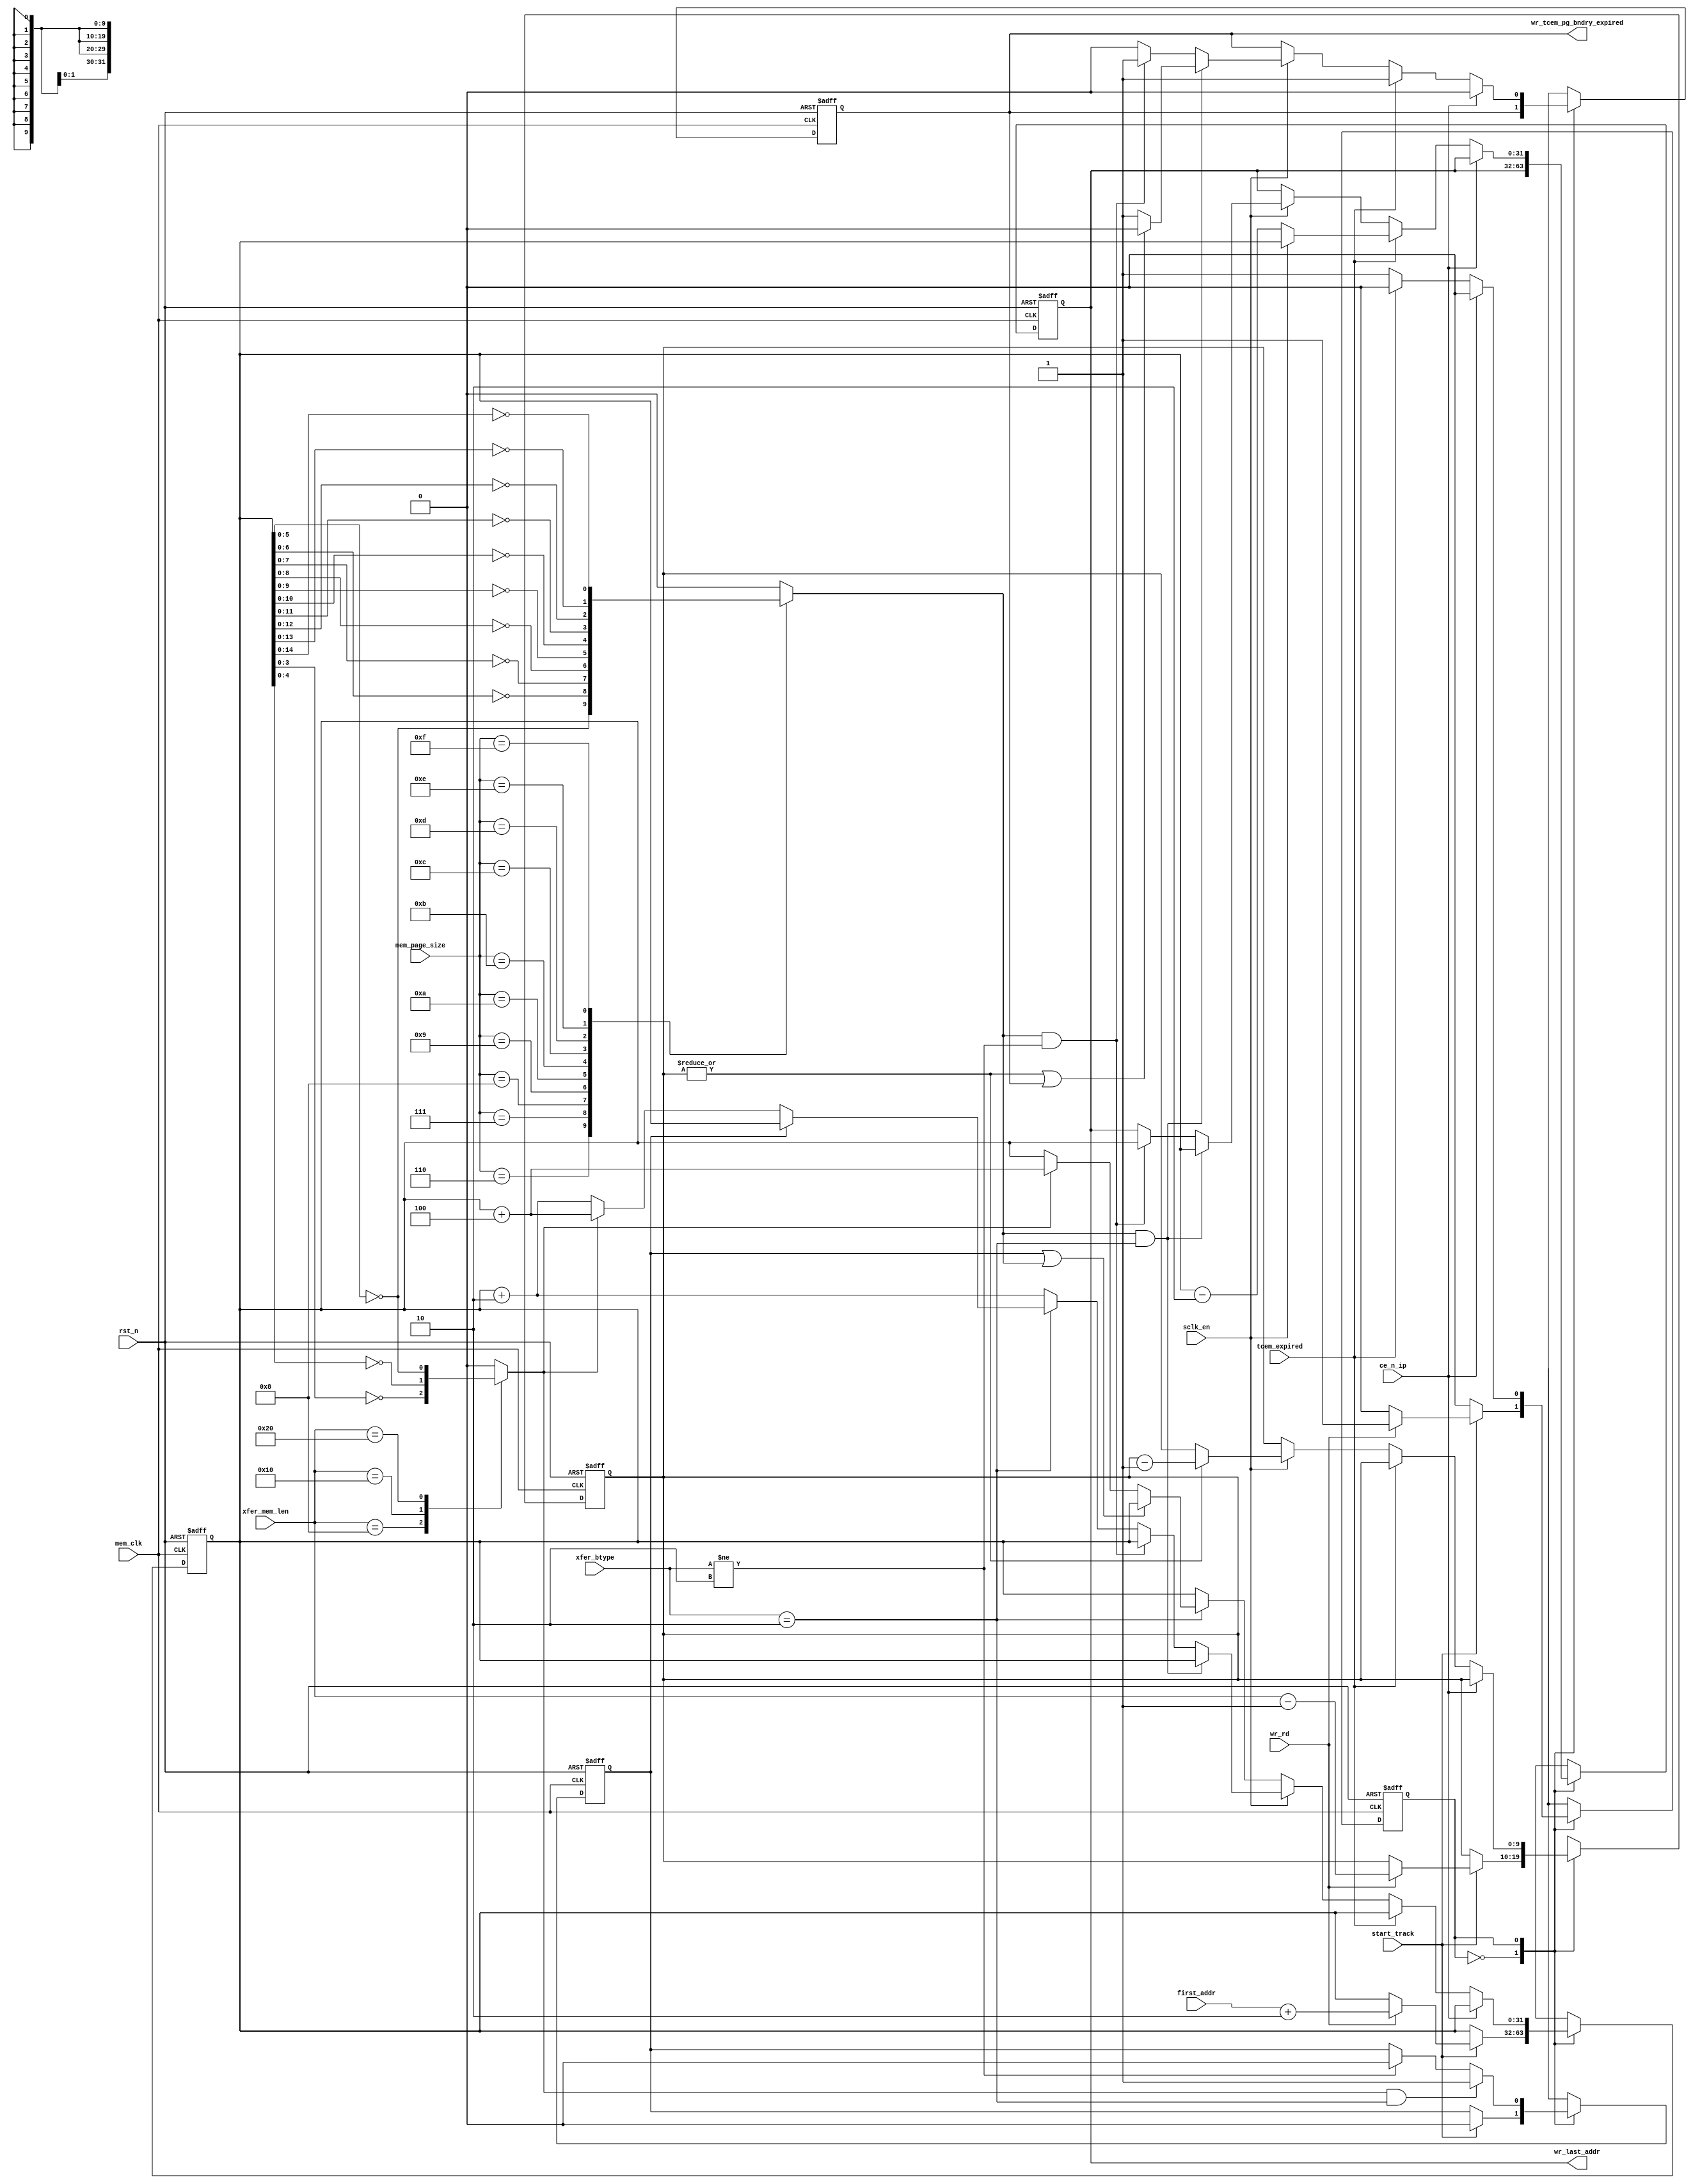
// ----------------------------------------------------------------------------
//   Copyright December 2018, Mobiveil Inc. All rights reserved.
//   Use and distribution of this file is governed by the terms and conditions of a license agreement with
//   Mobiveil Inc.  Mobiveil Inc. makes no representations about the suitability of this file for any purpose.
//   It is provided as is without any express or implied warranty
//   No part of this information may be reproduced, stored in a
//   retrieval system, or transmitted, in any form or by any means
//   without the prior written permission of Mobiveil Inc.
// ----------------------------------------------------------------------------

// This block indicates the data_shifter about the write transfer's page
// boundary expiry and the tcem_expiry to split the on-going write transfer
// and initiate a pending write transfer to the memory.
// In case of any of the above, it provides the next required write address
// for the pending transfer.

`timescale 1ns/1ps
module wr_tcem_pg_bndry_checker
   (
mem_clk,
rst_n,

//From TIMER_CHECKER
tcem_expired, // pulse

//From CSR
mem_page_size,

//From data shifter
start_track, // pulse
first_addr,
wr_rd,// wr_rd =1 is for write
xfer_btype,
xfer_mem_len,
sclk_en,
ce_n_ip,

// To data shifter
wr_tcem_pg_bndry_expired, 
wr_last_addr
   );

//----------------BUS WIDTH Declartaions------------------------

parameter AXI_ADDR_WIDTH = 32;
parameter AXI_DATA_WIDTH = 32; // 32/64

//--------------STATE declarations------------------------------

localparam IDLE       = 1'b0;
localparam WR_CHECK   = 1'b1;

//
localparam INCR = 2'b01;
localparam WRAP = 2'b10;
localparam DQS_CNT_WIDTH = (AXI_DATA_WIDTH==32) ? 10: ((AXI_DATA_WIDTH==64) ? 11 : 12);

input mem_clk;
input rst_n;

//From TIMER_CHECKER
input tcem_expired; // pulse

//From CSR
input [3:0] mem_page_size;

//From data shifter
input                      start_track; // pulse
input [AXI_ADDR_WIDTH-1:0] first_addr;
input                      wr_rd;
input [1:0]                xfer_btype;
input [DQS_CNT_WIDTH-1:0] xfer_mem_len;
input                      sclk_en;
input                      ce_n_ip;

// To data shifter
output                       wr_tcem_pg_bndry_expired; 
output [AXI_ADDR_WIDTH -1:0] wr_last_addr; 

//---------------------REG declarations------------------------------

reg                       pres_state, next_state;
reg [AXI_ADDR_WIDTH -1:0] addr_cntr, next_addr_cntr;
reg [DQS_CNT_WIDTH-1:0]   xfer_cnt,next_xfer_cnt;
reg [AXI_ADDR_WIDTH -1:0] wr_last_addr, next_wr_last_addr;
reg                       wr_tcem_pg_bndry_expired, next_wr_tcem_pg_bndry_expired;
reg pg_bndry_reached;
reg wrap_size_reach;
reg wrap_size_reach_reg, next_wrap_size_reach_reg;

//wrap boundary check
always @ *
begin
case(xfer_mem_len)  // extra transfer length is not possible for wrap transfers henceforth
'd8:  wrap_size_reach = addr_cntr[3:0]==0;    // wrap size = 16 bytes
'd16: wrap_size_reach = addr_cntr[4:0]==0;    // wrap size = 32 bytes
'd32: wrap_size_reach = addr_cntr[5:0]==0;    // wrap size = 64 bytes
default:  wrap_size_reach = 1'b0;
endcase
end

// sequential block
always @ (posedge mem_clk or negedge rst_n)
begin
   if(~rst_n)
   begin
      pres_state               <=  IDLE;
      addr_cntr                <= {AXI_ADDR_WIDTH{1'b0}};
      xfer_cnt                 <= {DQS_CNT_WIDTH{1'b0}};
      wr_tcem_pg_bndry_expired <= 1'b0; 
      wr_last_addr             <= {AXI_ADDR_WIDTH{1'b0}};
      wrap_size_reach_reg      <= 1'b0;
   end
   else
   begin
      pres_state               <=  next_state;
      addr_cntr                <= next_addr_cntr;
      xfer_cnt                 <= next_xfer_cnt;
      wr_tcem_pg_bndry_expired <= next_wr_tcem_pg_bndry_expired;
      wr_last_addr             <= next_wr_last_addr;
      wrap_size_reach_reg      <= next_wrap_size_reach_reg;
   end
end

//adder 2 function
function  [AXI_ADDR_WIDTH-1:0] add_2 (input  [AXI_ADDR_WIDTH-1:0]  data_in);
begin
add_2 = data_in + 2;
end
endfunction

//write page boundary detection based on the page size programmed in C
always @ *
begin
   case(mem_page_size)
   'd6: pg_bndry_reached = addr_cntr[5:0]==6'd0;    // 64    Bytes
   'd7: pg_bndry_reached = addr_cntr[6:0]==7'd0;    // 128   Bytes
   'd8: pg_bndry_reached = addr_cntr[7:0]==8'd0;    // 256   Bytes
   'd9: pg_bndry_reached = addr_cntr[8:0]==9'd0;    // 512   Bytes
   'd10: pg_bndry_reached = addr_cntr[9:0]==10'd0;  // 1024  Bytes
   'd11: pg_bndry_reached = addr_cntr[10:0]==11'd0; // 2048  Bytes
   'd12: pg_bndry_reached = addr_cntr[11:0]==12'd0; // 4096  Bytes
   'd13: pg_bndry_reached = addr_cntr[12:0]==13'd0; // 8192  Bytes
   'd14: pg_bndry_reached = addr_cntr[13:0]==14'd0; // 16384 Bytes
   'd15: pg_bndry_reached = addr_cntr[14:0]==15'd0; // 32768 Bytes
    default: pg_bndry_reached = 1'b0;
   endcase
end

// combinational block
always @ *
begin

next_addr_cntr                = addr_cntr; // always contains extra 4 address (2 SCLK) corresponding to the current data on DQ line. Since it takes 2 SCLK for the de-assertion of sclk_en after the pg_bndry_reach detection. Hence the address counter is started 2 SCLK before the actual write data phase starts on the DQ line
next_xfer_cnt                 = xfer_cnt;
next_wr_last_addr             = wr_last_addr;
next_wr_tcem_pg_bndry_expired = wr_tcem_pg_bndry_expired;
next_wrap_size_reach_reg      = wrap_size_reach_reg; // to stop incrementing the adderss once current transfer wrap size is reached. Then start incrementing for the continous INCR write data in the same transfer, if any

case(pres_state)
IDLE:
begin
   if(start_track) // trigger to start detecting the page boundary and tcem_expiry; wr_rd= 1 is for write
   begin
      next_addr_cntr = wr_rd ? add_2 (first_addr) : addr_cntr; // first_addr +2; 
      next_state     = wr_rd ? WR_CHECK : pres_state;
      next_xfer_cnt  = wr_rd ? xfer_mem_len-1 : xfer_cnt;
      next_wrap_size_reach_reg  = 1'b0;
   end
   else 
   begin
      next_addr_cntr = addr_cntr; 
      next_state     = pres_state;
   end
end

WR_CHECK:
begin
   next_addr_cntr = xfer_btype==WRAP ? (wrap_size_reach_reg ? addr_cntr : 
                    (wrap_size_reach ? addr_cntr + 'd4 : add_2(addr_cntr))) :add_2(addr_cntr);
   next_wrap_size_reach_reg  = wrap_size_reach && (xfer_btype==WRAP) ? 1'b1 : 
			       (xfer_btype!=WRAP ? 1'b0 : wrap_size_reach_reg);
   next_xfer_cnt  = |xfer_cnt ? xfer_cnt-1 : xfer_cnt;
   if(ce_n_ip)  // write transfer is complete
   begin
      next_wr_tcem_pg_bndry_expired = 1'b0;
      next_wr_last_addr           = wr_last_addr;
      next_addr_cntr              = addr_cntr;
      next_xfer_cnt               = xfer_cnt;
      next_state                  = IDLE;
   end
   else if(tcem_expired)
   begin
      next_wr_tcem_pg_bndry_expired = 1'b1;
      //next_wr_last_addr           = sclk_en ? addr_cntr - 2 : addr_cntr - 4;  // this fix is required
      next_wr_last_addr           = sclk_en ? addr_cntr: addr_cntr - 2; 
      next_addr_cntr              = addr_cntr;
      next_xfer_cnt               = xfer_cnt;
      next_state                  = IDLE;
   end
   else if(!sclk_en)
   begin
      next_wr_tcem_pg_bndry_expired = wr_tcem_pg_bndry_expired ;
      next_state                  = pres_state;
      next_xfer_cnt               = xfer_cnt;
      next_addr_cntr              = xfer_btype==WRAP ? (wrap_size_reach_reg || pg_bndry_reached ? addr_cntr : 
                                    (wrap_size_reach ? addr_cntr + 'd4 : addr_cntr)) :addr_cntr;
   end
   else if(pg_bndry_reached && xfer_btype==WRAP) // assert the wr_tcem_pg_bndry_expired once all the wrap data (xfer_cnt==0 )is transmitted
   begin
      next_wr_tcem_pg_bndry_expired = (|xfer_cnt) || wr_tcem_pg_bndry_expired /* and sclk_en, hene it can be de-asserted for data_shifter*/ ? 1'b0 : 1'b1;
      next_wr_last_addr             = addr_cntr;
      next_addr_cntr                = addr_cntr;
      next_state                    = pres_state;
   end
   else if(pg_bndry_reached && xfer_btype!=WRAP)
   begin
      next_wr_tcem_pg_bndry_expired = 1'b1;
      next_wr_last_addr             = addr_cntr;
      //next_wr_last_addr             = addr_cntr -3;
      next_addr_cntr              = addr_cntr;
      next_state                  = pres_state;
   end
   else
   begin
      next_wr_tcem_pg_bndry_expired = 1'b0;
      next_state                  = pres_state;
   end
end
endcase
end
endmodule